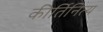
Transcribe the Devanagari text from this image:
कीर्तिनित्य